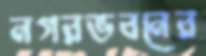
নগরভবনের